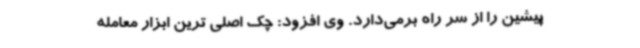
پیشین را از سر راه برمی‌دارد. وی افزود: چک اصلی ترین ابزار معامله